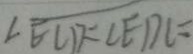
\angle E C D = \angle E D C =